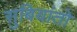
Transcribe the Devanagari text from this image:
सुबियांतो